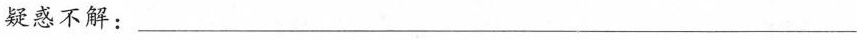
疑惑不解：___